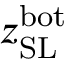
z _ { \mathrm { S L } } ^ { \mathrm { b o t } }